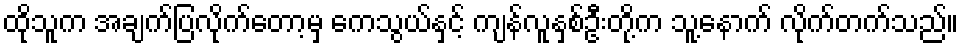
ထိုသူက အချက်ပြလိုက်တော့မှ ကေသွယ်နှင့် ကျန်လူနှစ်ဦးတို့က သူ့နောက် လိုက်တက်သည်။